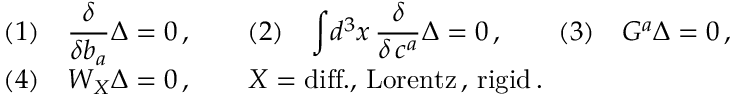
\begin{array} { l } { { ( 1 ) \quad { \displaystyle { \frac { \delta } { \delta b _ { a } } } } \Delta = 0 \, , \qquad ( 2 ) \quad \displaystyle { \int } d ^ { 3 } x \, { \displaystyle { \frac { \delta } { \delta \, c ^ { a } } } } \Delta = 0 \, , \qquad ( 3 ) \quad { \cal G } ^ { a } \Delta = 0 \, , } } \\ { { ( 4 ) \quad { \cal W } _ { X } \Delta = 0 \, , \qquad X = \mathrm { d i f f . , \, L o r e n t z \, , \, r i g i d } \, . } } \end{array}